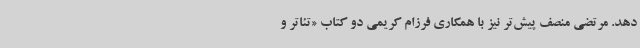
دهد. مرتضی منصف پیش‌تر نیز با همکاری فرزام کریمی دو کتاب «تئاتر و